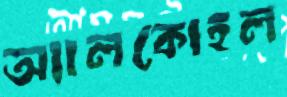
অ্যালকোহল